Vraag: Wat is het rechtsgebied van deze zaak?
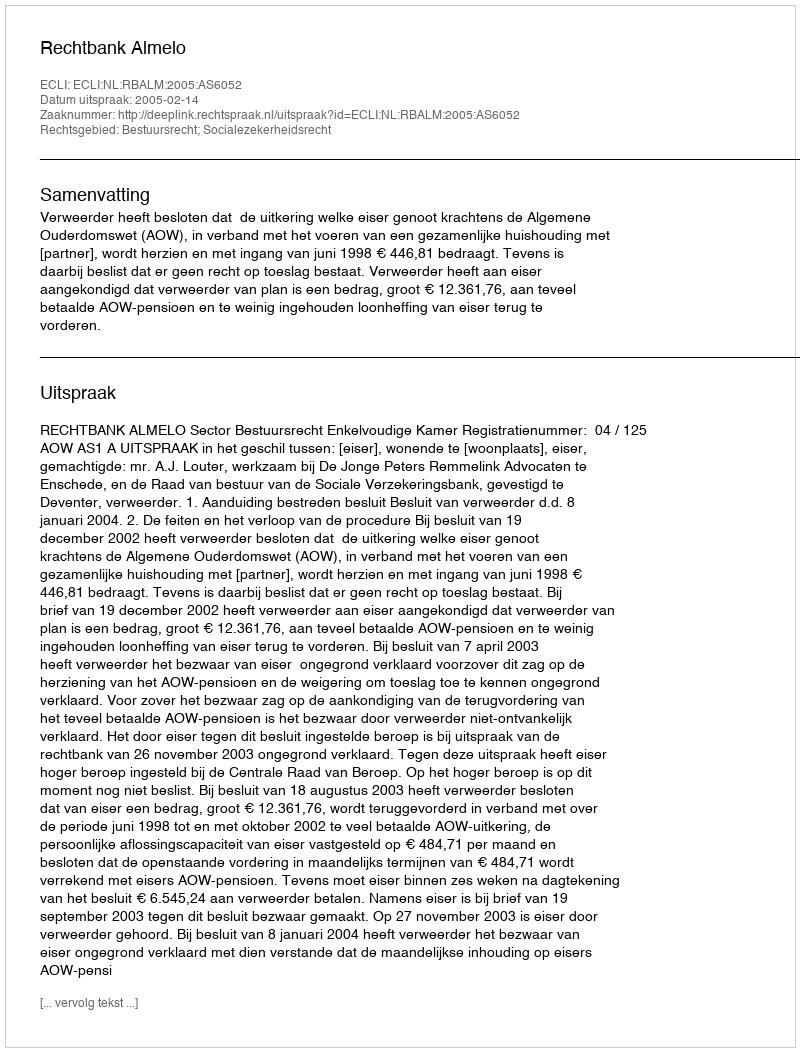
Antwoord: Bestuursrecht; Socialezekerheidsrecht